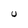
Character: U